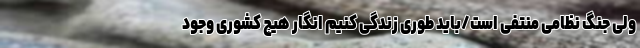
ولی جنگ نظامی منتفی است/باید طوری زندگی کنیم انگار هیچ کشوری وجود